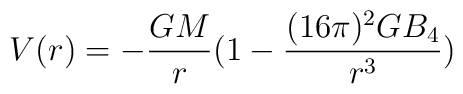
V(r) = -{GM\over r}(1 - {(16\pi)^2 G B_4\over r^3})